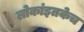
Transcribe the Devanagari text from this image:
लोकांइतकेच